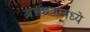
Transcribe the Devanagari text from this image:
अन्नछत्रामध्ये